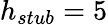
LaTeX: h_{stub}=5